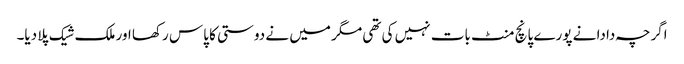
اگرچہ دادا نے پورے پانچ منٹ بات نہیں کی تھی مگر میں نے دوستی کا پاس رکھا اور ملک شیک پلا دیا۔